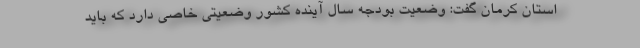
استان کرمان گفت: وضعیت بودجه سال آینده کشور وضعیتی خاصی دارد که باید